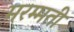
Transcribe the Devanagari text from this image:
मरम्‍मती